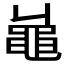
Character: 𪓓